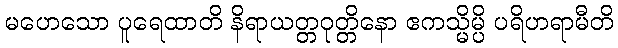
မဟေသော ပူရေထာတိ နိရာယတ္တဝုတ္တိနော ဧကသ္မိမ္ပိ ပရိဟရာမီတိ